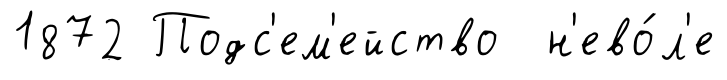
1872 Подс'ем'ейство н'ево́л'е